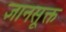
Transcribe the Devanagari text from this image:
ज्ञानसूक्त